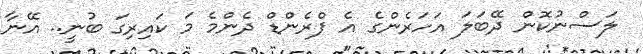
ލަސްނުކޮން ދޭބަލަ އަހަރެންގެ އެ ފްރެންޑް ދެންމެ މަ ކައިރިގަ ބުނީ.. އޭނާ